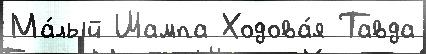
Ма́лый Шампа Ходова́я Тавда